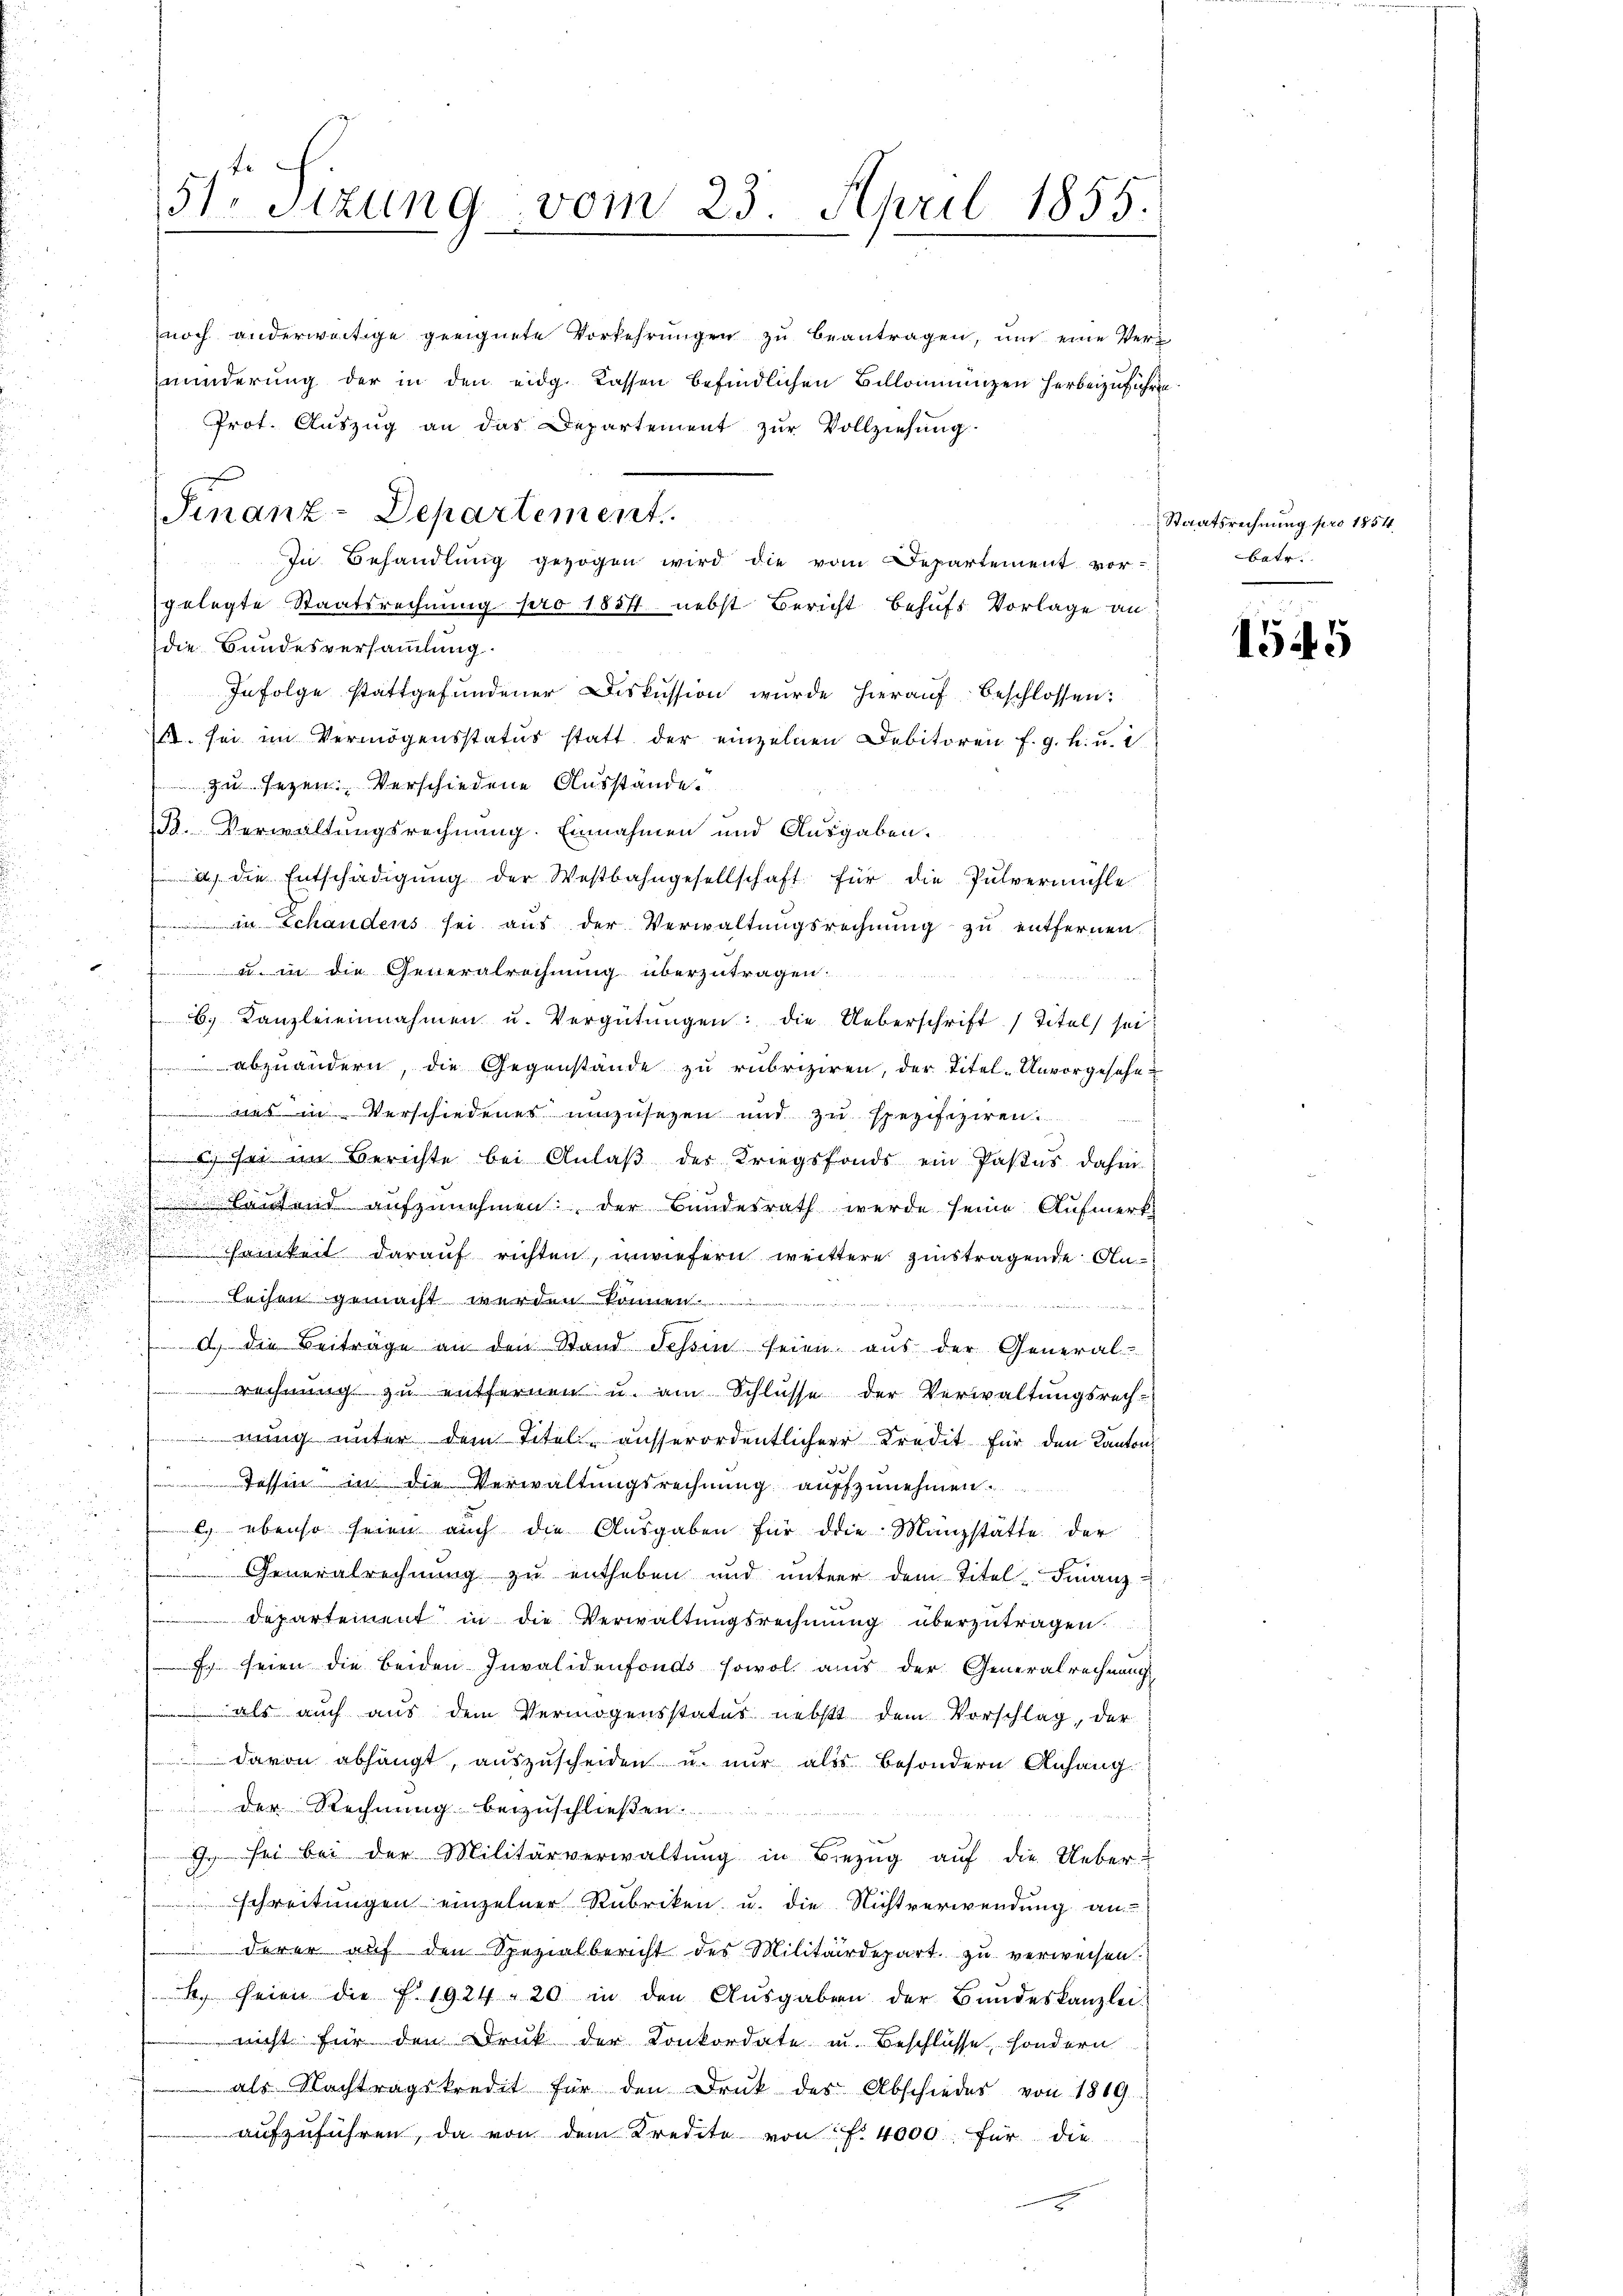
51. Sitzung vom 23. April 1855.
e

noch anderwärtige geeignete Vorkehrŭngen zŭ beantragen, ŭm eine Verminderung der in den eidg. Kassen befindlichen Billommungen herbeizuführen
Prot. Aŭszŭg an das Departement zŭr Vollziehung.
gelegte Staatsrechnung pro 1857 nebst Bericht behufs Vorlage an
die Bundesversammlung
Infolge stattgefundener Diskussion wurde hierauf beschlossen:
s. sei im Vermögensstatur statt der einzelnen Debitoren f. g. k. u. i
zu sezen. Verschiedene Ausstande.
B. Verwaltungsrechnung. Einnahmen und Ausgaben.
2 die Entschädigung der Westbahngesellschaft für die Pulvermühle
in Schandens sei aus der Verwaltungsrechnung zu entfernen.
 in die Generalrechnung überzutragen.
b. Kanzleieinnahmen u. Vergütŭngen: die Ueberschrift (Titel sei
abzuändern, die Gegenstände zu rubriziren, der Titel-Unvorgesehe
 Verschiedenes umzusezen und zu spezifiziren.
d sei im Berichte bei Anlaß des Kriegsfonds ein Pasus dahin
Laufend aufzunehmen, der Bundesrath werde seine Aufmerks
samkeit darauf richten, inwiefern weittere zinstragende An¬
Leihen gemacht werden können.
eigen einen wegenden in
  die Beiträge an den Stand Tessin seien aus der General-
ge zu entfernen u. am Schlüsse der Verwaltungsrechg unter dem Titel ausserordentlicher Kredit für den Kanton
Tassen in die Verwaltungsrechnung aufzunehmen.
 ebenso seien auch die Ausgaben für die Manzstätte der
Generalrechnung zu entheben und unter dem Titel. Finanz¬
 Departement in die Verwaltungsrechnung überzutragen.
 seien die beiden Invalidenfonds sowol aus der Generalrechnung
 als auch aus dem Vermögensstatus nebst dem Vorschlag, der
 davon abhängt, aŭszŭscheiden u. nur als besondern Anhang
 der Rechnung beizuschließen.
 sei bei der Militärverwaltung in Bezug auf die Ueber-
schreitungen einzelner Rubriken u. die Nichtverwendung an
derer auf den Spezialbericht des Militärdepart zu verweisen.
B. seien die f. 1924 - 20 in den Ausgaben der Bundeskanzlei-
nicht für den Druk der Konkordate u. Beschlüsse, sondern
als Nachtragskredit für den Druk des Abschiedes von 1869.
aufzuführen, da von dem Kredite von f. 4000. für die

Finanz-Departement
In Behandlung gezogen wird die vom Departement vor¬

Staatsrechnung pro 1854
batr.

1545